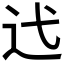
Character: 𫐟